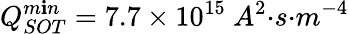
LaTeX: Q_{SOT}^{m\mathbf{i}n}=7.7\times{10}^{15}{\ }{{A}}^{2}{{·}}{s}{{·}}{{m}}^{{-4}}